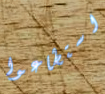
استطاعوا